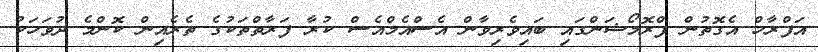
އަފްރާހް އެގޮތުން ޕްރޮމޯޝަންގައި ބައިވެރިވާން އެސްއެމްއެސް ކުރާ ފަރާތްތަކުގެ ތެރެއިން ކޮންމެ ދުވަހަކު